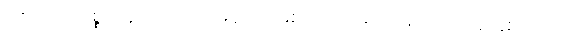
ဉဇဘက်ကစ္စတန်နိုင်ငံကအိမ်ရှင်အဖြစ်ကျင်းပမယ့် အသက် ၂၃ နှစ်အောက်